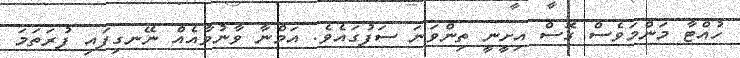
ހުއްޓާ މަންމަވެސް ގޮސް އިށީނީ ތިންވަނަ ސަފުގައެވެ. އަމްނާ ވާނުވާއެއް ނޭނގިފައި ފުރަތަމަ